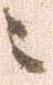
ニ